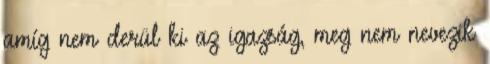
amíg nem derül ki az igazság, meg nem nevezik